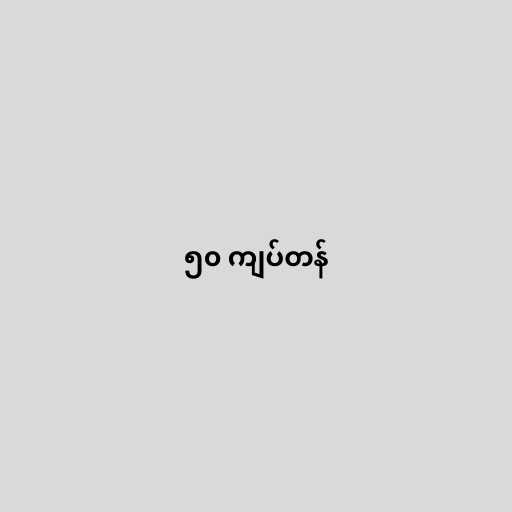
၅၀ ကျပ်တန်